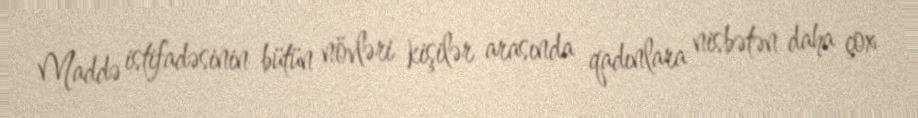
Maddə istifadəsinin bütün növləri kişilər arasında qadınlara nisbətən daha çox